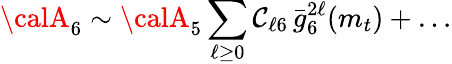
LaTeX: {\calA}_{6}\sim{\calA}_{5}\sum_{\ell\geq0}\mathcal{C}_{\ell6}\, \bar{{g}}_{6}^{2\ell}(m_{t})+\ldots